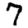
Digit: 7